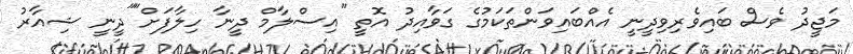
މަޖީދު ވެސް ބައިވެރިވިދީނީ އެއްބައިވަންތަކަމުގެ ގަވާއިދު އޮތީ "އިސްލާމް ދީނާ ހިލާފަށް""ދީނީ ޝިއާރު